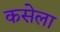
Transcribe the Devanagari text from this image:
कसेला